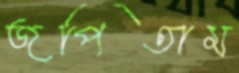
জপিতাম